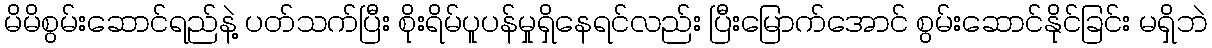
မိမိစွမ်းဆောင်ရည်နဲ့ ပတ်သက်ပြီး စိုးရိမ်ပူပန်မှုရှိနေရင်လည်း ပြီးမြောက်အောင် စွမ်းဆောင်နိုင်ခြင်း မရှိဘဲ